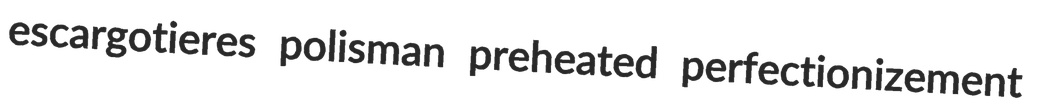
escargotieres polisman preheated perfectionizement